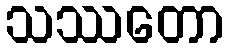
သဿတော